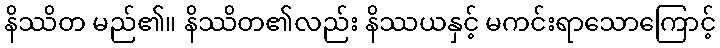
နိဿိတ မည်၏။ နိဿိတ၏လည်း နိဿယနှင့် မကင်းရာသောကြောင့်